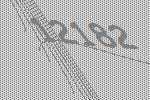
12182